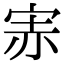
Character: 𡨁